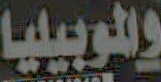
والموبيليا